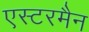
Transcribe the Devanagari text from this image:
एस्टरमैन